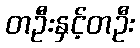
တဦးနှင့်တဦး